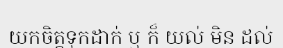
យកចិត្តទុកដាក់ ឬ ក៏ យល់ មិន ដល់